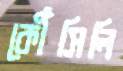
কৌঁসিলি